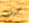
كيف